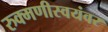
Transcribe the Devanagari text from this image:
रुक्मणीस्वयंवर